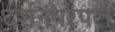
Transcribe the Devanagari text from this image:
दर्शनपरंपरा